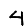
Digit: 4